Veterinary regulations India, 1935 -
Year: 1935
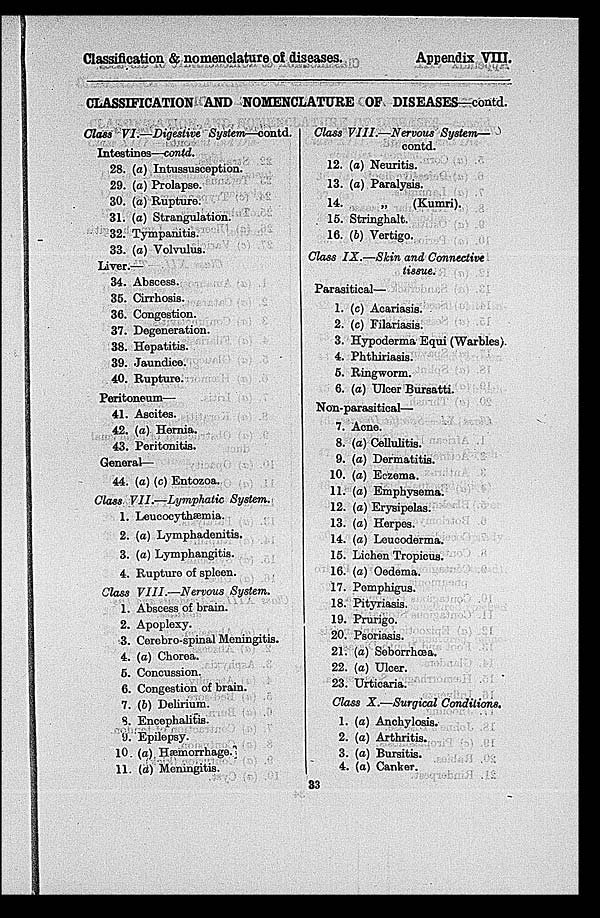
Classification & nomenclature of diseases.
Appendix VIII.
CLASSIFICATION AND NOMENCLATURE OF DISEASES—contd.
Class VI.—Digestive
System—contd.
Intestines—contd.
28.
29.
30.
31.
32.
33.
(a) Intussusception.
(a) Prolapse.
(a) Rupture.
(a) Strangulation.
Tympanitis.
(a) Volvulus.
Liver.—
34.
35.
36.
37.
38.
39.
40.
Abscess.
Cirrhosis.
Congestion.
Degeneration.
Hepatitis.
Jaundice.
Rupture.
Peritoneum—
41.
42.
43.
Ascites.
(a) Hernia.
Peritonitis.
General—
44. (a) (c) Entozoa.
Class VII.—Lymphatic
System.
1.
2.
3.
4.
Leucocythæmia.
(a) Lymphadenitis.
(a) Lymphangitis.
Rupture of spleen.
Class VIII.—Nervous
System.
1.
2.
3.
4.
5.
6.
7.
8.
9,
10
11
Abscess of brain.
Apoplexy.
Cerebro-spinal Meningitis.
(a) Chorea.
Concussion.
Congestion of brain.
(b) Delirium.
Encephalitis.
Epilepsy.
(a) Hæmorrhage.
(a) Meningitis.
Class VIII.—Nervous
System—
12.
13.
14.
15.
16.
contd.
(a) Neuritis.
(a) Paralysis.
„
(Kumri).
Stringhalt.
(b) Vertigo.
Class IX.—Skin and Connective
tissue.
Parasitical—
1.
2.
3.
4.
5.
6.
(c) Acariasis.
(c) Filariasis.
Hypoderma Equi (Warbles).
Phthiriasis.
Ringworm.
(a) Ulcer Bursatti.
Non-parasitical—
7.
8.
9.
10.
11.
12.
13.
1.4.
15.
16.
17.
18.
19.
20.
21.
22.
23.
Acne.
(a) Cellulitis.
(a) Dermatitis.
(a) Eczema.
(a) Emphysema.
(a) Erysipelas.
(a) Herpes.
(a) Leucoderma.
Lichen Tropicus.
(a) Oedema.
Pemphigus.
Pityriasis.
Prurigo.
Psoriasis.
(a) Seborrhœa.
(a) Ulcer.
Urticaria.
Class X.—Surgical
Conditions.
1.
2.
3.
4.
(a) Anchylosis.
(a) Arthritis.
(a) Bursitis.
(a) Canker.
33